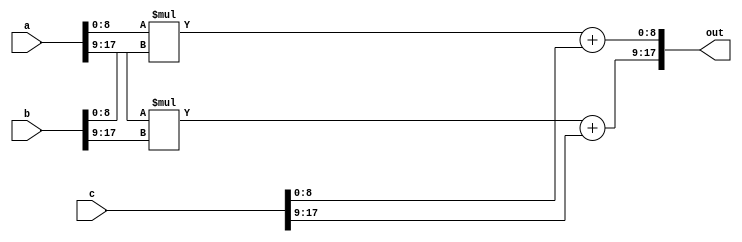
// This program was cloned from: https://github.com/tangxifan/micro_benchmark
// License: MIT License

//-------------------------------------------------------
//  Functionality: 
//    - A 8-bit multiply-acculumate circuit 
//    - A 9-bit multiply-acculumate circuit
//-------------------------------------------------------

module mac_8_9(a, b, c, out);
parameter DATA_WIDTH = 18;  /* declare a parameter. default required */
input [DATA_WIDTH - 1 : 0] a, b, c;
output [DATA_WIDTH - 1 : 0] out;

assign out[8:0] = a[8:0] * b[8:0] + c[8:0];
assign out[17:9] = a[17:9] * b[17:9] + c[17:9];

endmodule